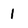
Character: 1